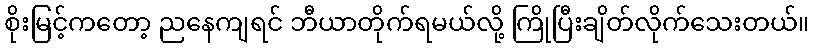
စိုးမြင့်ကတော့ ညနေကျရင် ဘီယာတိုက်ရမယ်လို့ ကြိုပြီးချိတ်လိုက်သေးတယ်။